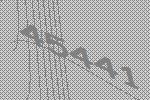
45441